V__Kingissepa_nim__kolhoos, lk 5
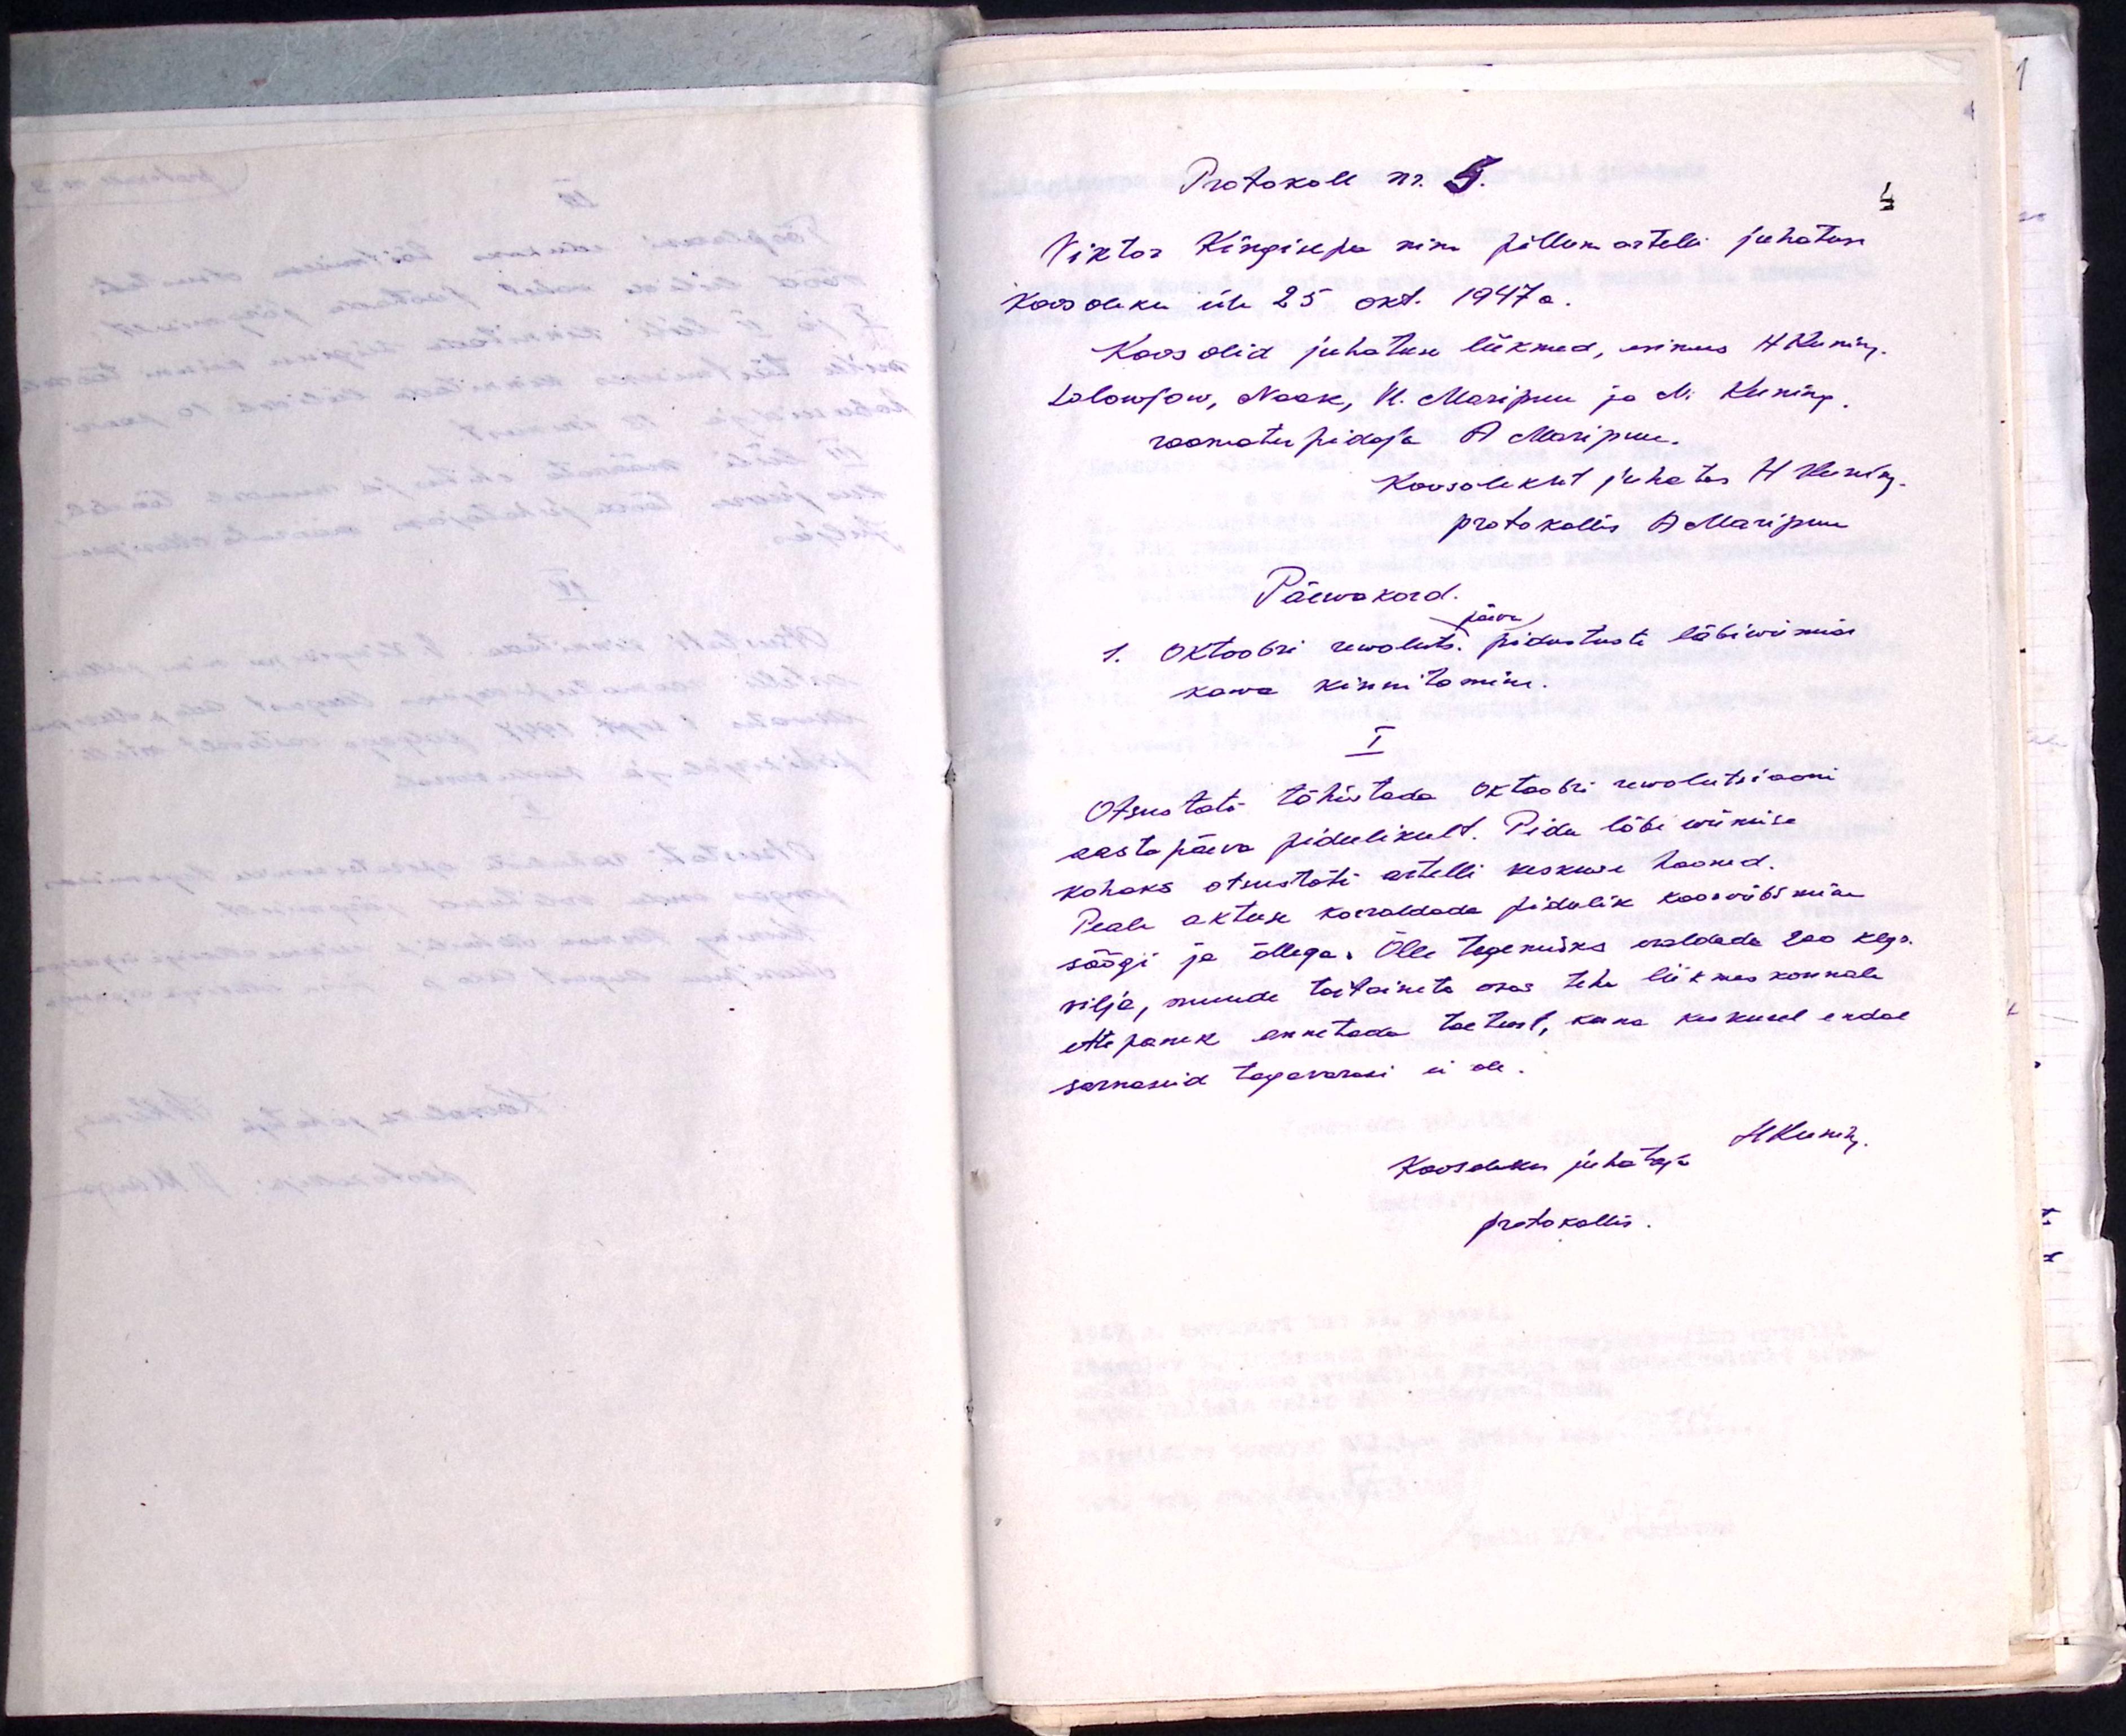
Protokoll nr. 5.
Viktor Kingisepa nim. põllum artelli juhatuse
Koosoleku üle 25 okt. 1947 a.
Koos olid juhatuse liikmed, esimees H. Kuning
Solowjow, Nask, H. Maripuu ja M. Kuning
raamatupidaja A Maripuu
Koosolekut juhatas H Kuning
protokollis A. Maripuu
Päewakord.
päeva
1. Oktoobri rewoluts. pidustuste läbiwiimise
kawa kinnitamine.
I
Otsustati tähistada Oktoobri rewolutsiooni
aastapäeva pidulikult. Pidu läbi wiimise
kohaks otsustati artelli keskuse hooned.
Peale aktuse korraldada pidulik koosviibimine
söögi ja õllega. Õlle tegemiseks eraldada 200 kgr
vilja, muude toitainete osas teha liikmes konnale
ettepanek annetada toetust, kuna keskusel endal
sarnaseid tagavarasi ei ole.
Koosoleku juhataja H Kuning
protokollis.